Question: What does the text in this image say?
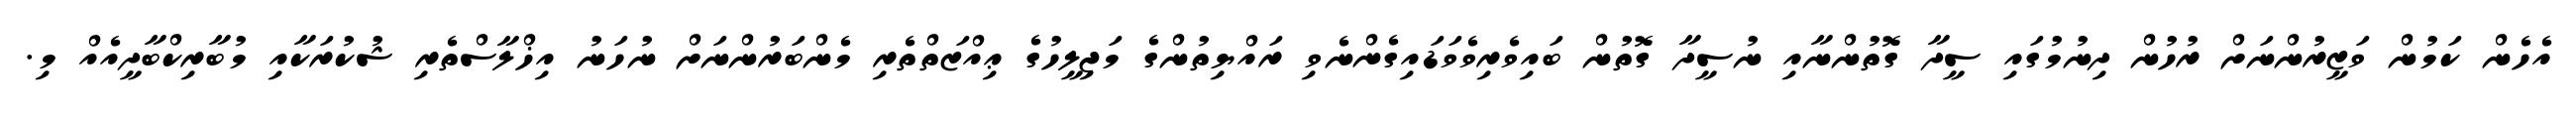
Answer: އެހެން ކަމުން ވަޒީރުންނަށް ރުހުން ދިނުމުގައި ސީދާ ގޮތުންނާއި ނުސީދާ ގޮތުން ބައިވެރިވެވަޑައިގެންނެވި ރައްޔިތުންގެ މަޖިލީހުގެ ޢިއްޒަތްތެރި މެންބަރުންނަށް ނުހަނު އިޚްލާސްތެރި ޝުކުރަކާއި މުބާރިކްބާދީއެއް މި.